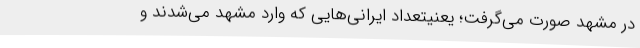
در مشهد صورت می‌گرفت؛ یعنیتعداد ایرانی‌هایی که وارد مشهد می‌شدند و